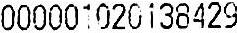
000001020138429